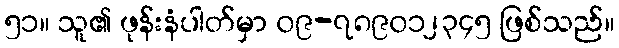
၅၁။ သူ၏ ဖုန်းနံပါတ်မှာ ၀၉-၇၈၉၀၁၂၃၄၅ ဖြစ်သည်။